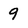
Character: 9